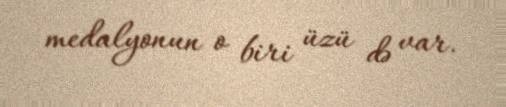
medalyonun o biri üzü də var.